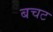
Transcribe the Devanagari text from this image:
बचट